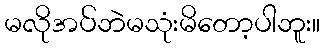
မလိုအပ်ဘဲမသုံးမိတော့ပါဘူး။